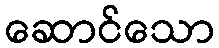
ဆောင်သော